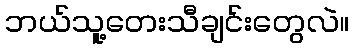
ဘယ်သူ့တေးသီချင်းတွေလဲ။